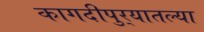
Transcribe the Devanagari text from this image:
कागदीपुर्‍यातल्या